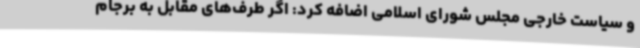
و سیاست خارجی مجلس شورای اسلامی اضافه کرد: اگر طرف‌های مقابل به برجام